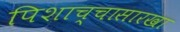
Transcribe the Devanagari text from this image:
पिशाच्चासारखा